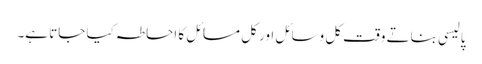
پالیسی بناتے وقت کل وسائل اور کل مسائل کا احاطہ کیا جاتا ہے۔